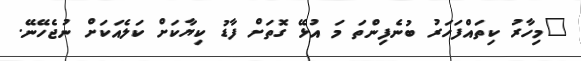
"މިހާރު ކިތައްފަހަރު ބުނެފިންތަ މަ އުޅޭ ގޮތަށް ފާޑު ކިޔާކަށް ކަލެއަކަށް ނުޖެހޭނޭ.